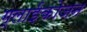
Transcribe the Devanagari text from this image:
ग्लाईकोजन